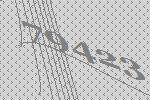
79423